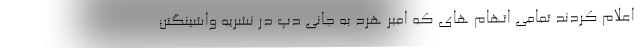
اعلام کردند تمامی اتهام های که امبر هرد به جانی دپ در نشریه واشینگتن